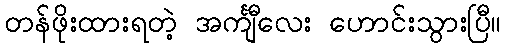
တန်ဖိုးထားရတဲ့ အင်္ကျီလေး ဟောင်းသွားပြီ။